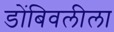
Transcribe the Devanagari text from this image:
डोंबिवलीला